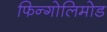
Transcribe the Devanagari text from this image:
फिन्गोलिमोड